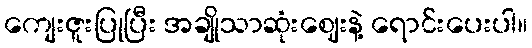
ကျေးဇူးပြုပြီး အချိုသာဆုံးဈေးနဲ့ ရောင်းပေးပါ။